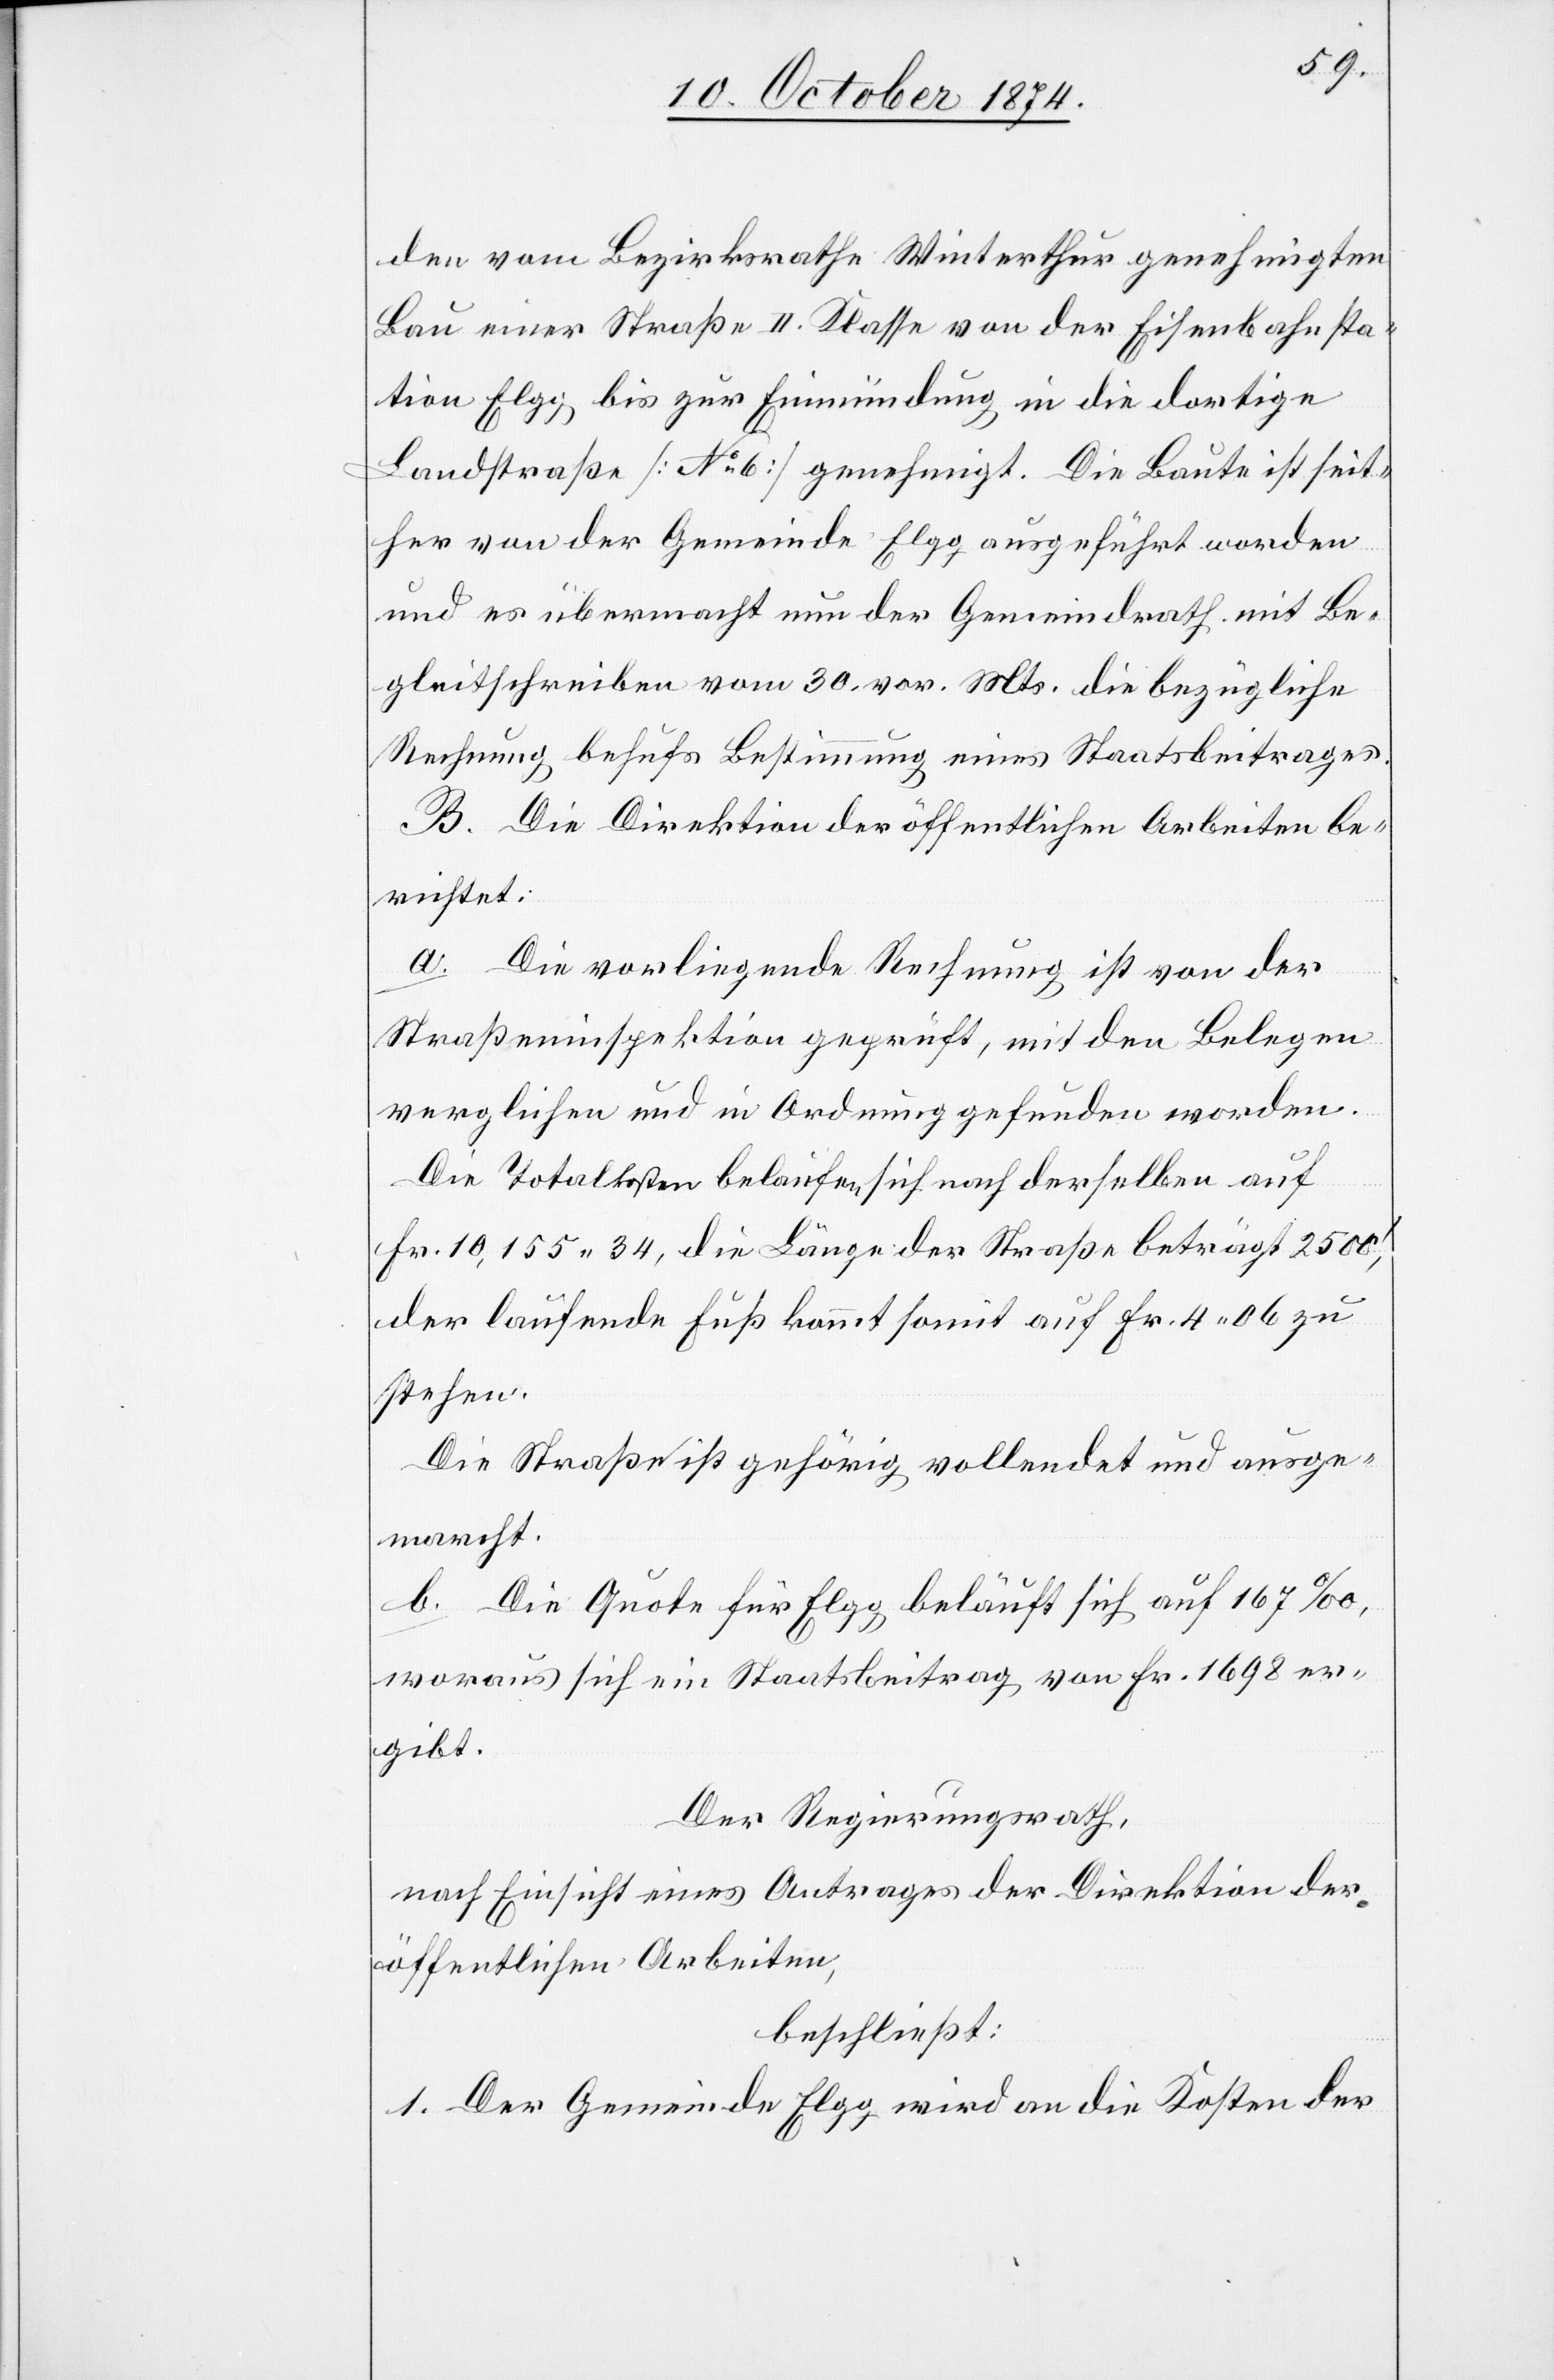
den vom Bezirksrathe Winterthur genehmigten
Bau einer Straße II. Klasse von der Eisenbahnsta¬
tion Elgg bis zur Einmündung in die dortige
Landstraße [No 6] genehmigt. Die Baute ist seit¬
her von der Gemeinde Elgg ausgeführt worden
und es übermacht nun der Gemeindrath mit Be¬
gleitschreiben vom 30. vor. Mts. die bezügliche
Rechnung behufs Bestimmung eines Staatsbeitrages.
B. Die Direktion der öffentlichen Arbeiten be¬
richtet:
a. Die vorliegende Rechnung ist von der
Straßeninspektion geprüft, mit den Belegen
verglichen und in Ordnung gefunden worden.
Die Totalkosten belaufen sich nach derselben auf
Fr. 10,155.34, die Länge der Straße beträgt 2500‘,
der laufende Fuß kommt somit auf Fr. 4.06 zu
stehen.
Die Straße ist gehörig vollendet und ausge¬
marcht.
b. Die Quote für Elgg beläuft sich auf 167‰,
woraus sich ein Staatsbeitrag von Fr. 1698 er¬
gibt.
Der Regierungsrath,
nach Einsicht eines Antrages der Direktion der
öffentlichen Arbeiten,
beschließt:
1. Der Gemeinde Elgg wird an die Kosten der